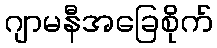
ဂျာမနီအခြေစိုက်